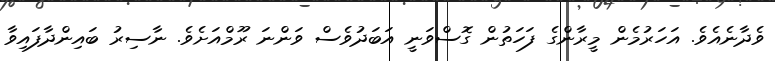
ވެދާނެއެވެ. އަހަރުމެން މީރާންގެ ފަހަތުން ގޮސްވަނީ އަބަދުވެސް ވަންނަ ރޫމްއަށެވެ. ނާސިރު ބައިންދާފައިވާ